Report of the King Institute of Preventive Medicine, Guindy
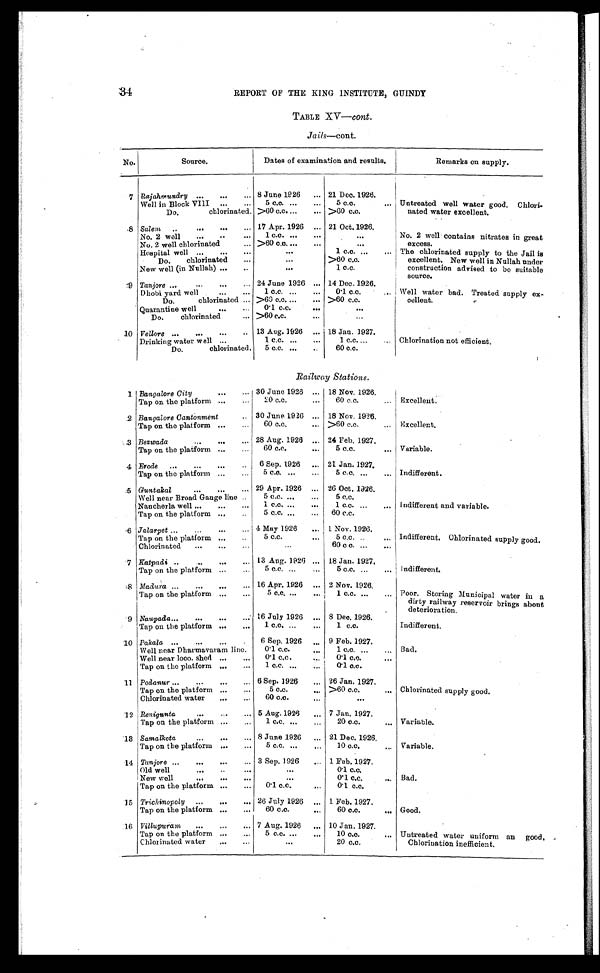
REPORT OF THE KING INSTITUTE, GUINDY
TABLE XV—cont.
Jails—cont.
No.
Source.
Dates of examination and results.
Remarks on supply.
7 Rajahmundry ...
..,
... 8 June 1926
... 21 Dec. 1926.
Untreated well water good. Chlori-
nated water excellent.
Well in Block VIII
...
...
5 c.o. ...
...
5 c.c. ...
Do.
chlorinated. >60 c.c....
... >60 c.o.
.8 Salem
-
.,.
...
... 17 Apr. 1926 ... 21 Oct. 1926.
No. 2 well contains nitrates in great
excess.
No. 2 well
•..
• .
...
1 c.o. ...
...
•••
No. 2 well chlorinated
... >60 c.o....
...
Hospital well ...
...
•••
•••
1 c.c. ...
... The chlorinated supply to the Jail is
excellent. New well in Nullah under
construction advised to be suitable
source.
Do.
chlorinated
...
>60 c.c.
New well (in Nullah) ...
._
•••
1 c.c.
9
Tanjore ...
•••
•••
... 24 June 1926 ... 14 Dec. 1926.
i Well water bad. Treated supply ex-
cellent.
Dhobi yard well
•..
...
1 c.c. ...
...
0.1 c.c.
,..
Do.
chlorinated ... >60 cm. ...
... >60 c.c.
Q uarantine well
...
...
0.1 c.c.
•••
•••
Do.
chlorinated
... >60 c.c.
...
...
10 Vellore
...
•••
..
...
13 Aug. 1926 ... 18 Jan. 1927.
Chlorination not efficient.
Drinking water well ...
1 c.c. ...
...
1 c.c....
...
Do.
chlorinated.
5 c.c. ...
..
60 c.c.
Railway Stations.
1 Bangalore City
...
... 30 June 1926 ... 18 Nov. 1926,
Excellent.
Tap on the platform ...
...
20 c.c.
...
60 c.c.
...
.2 Bangalore Cantonment
.. 30 June 1926 ... 18 Nov. 1926.
Excellent.
Tap on the platform ...
...
60 c.c.
... >60 c.c.
...
.3 Bezwada
.••
•••
... 28 Aug. 1926 .., 24 Feb. 1927.
Variable.
Tap on the platform ...
...
60 c.c.
...
5 c.c.
...
4 Erode
...
•..
•••
..
6 Sep. 1926
... 21 Jan. 1927.
Indifferent.
Tap on the platform ...
...
5 c.o. ...
...
5 c.c. ...
„„
.5 Guntakal...
•.•
... 29 Apr. 1926 ... 2G Oct. 1926.
Indifferent and variable.
Well near Broad Gauge line ..
5 c.c. ...
...
5 c.c.
Nancherla well ...
...
...
1 c.c. ...
•,,
1 cc. ,,,
,,„
Tap on the platform ..,
..
5 c.c. ...
...
60 c.c.
-6 Jalarpet ...
...
...
... 4 May 1926
... 1 Nov. 1926.
Indifferent. Chlorinated supply good.
Tap on the platform ...
..
5 c.c.
...
5 c.c. ..
,,,,
Chlorinated
...
...
...
...
60 c o. ...
...
7 Katpadi. ..
..
...
••• 13 Aug. 1926 ... 18 Jan. 1927,
Indifferent.
Tap on the platform ...
5 c.c. ...
...
5 c.c. ...
,..
8 Madura ...
...
...
••• 16 Apr. 1926 ... 2 Nov. 1926.
Poor. Storing Municipal water in a
dirty railway reservoir brings about
deterioration.
Tap on the platform ...
...
5 c.c. ...
...
1 c.o. ,,,
, „
9 Naupada...
...
...
... 16 July 1926 ... 8 Deo. 1926.
Indifferent.
Tap on the platform ...
...
1 c.c. ...
...
1 c.c.
10 Pakala ...
...
...
•
6 Sep. 1926
„
9 Feb. 1927.
Bad.
Well near Dharmavaram line.
0'1 c.c.
••I
1 c.c. ...
..,
Well near loco. shed ...
...
0'l c.o.
•,.
0.1 c.c.
Tap on the platform ,..
...
1 c.c. ...
•,,
0. 1 c. c
11 Podanur ...
..•
,..
... 6 Sep. 1926
... 26 Jan. 1927.
Chlorinated supply good.
Tap on the platform ...
...
5 c.c.
... >60 c.c.
,..
Chlorinated water
...
...
60 c.o.
...
•••
12 Renigunta
_.
...
... 5 Aug. 1926
... 7 Jan. 1927.
Variable.
Tap on the platform ...
.,.
1 c.c. ...
,..
20 c.c.
,,,
13 Samalkota
•••
...
.., 8 June 1926
... 21 Dec. 1926,
Variable.
Tap on the platform ...
...
5 cm, ...
...
10 c.c.
..,
14 Tanjore ..,
...
...
... 3 Sep. 1926
... 1 Feb. 1927.
Bad.
Old well
•••
..
•••
•••
0.1 c.c.
New well
...
•••
•••
•••
0.1 c.c.
Tap on the platform ...
...
0. 1 c.c.
„,
0.1 c.c.
15 Trichinopoly
...
...
.., 26 July 1926 ... 1 Feb. 1927.
Good.
Tap on the platform ...
,..
60 c.c.
...
60 c.c.
...
16 Villupuram
...
...
.., 7 Aug. 1926
... 10 Jan. 1927.
Untreated water uniform an good,
Chlorination inefficient.
Tap on the platform ...
...
5 c.c. ...
...
10 c.o.
...
Chlorinated water
...
...
.••
20 c.c.